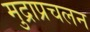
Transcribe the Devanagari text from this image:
मुद्राप्रचलन